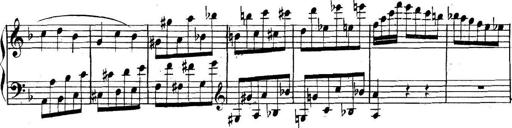
Title: Collected Piano Sonatas
Composer: Muzio Clementi